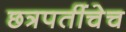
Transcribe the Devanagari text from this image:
छत्रपतींचेच